system: You are a helpful assistant.
user:
Analyze the provided spectrum to determine if it is a **Carbon Star (C-type)**.

- **Key Visual Indicators of Carbon Star:**
    - **(Primary):** Strong molecular absorption from **C₂ (diatomic carbon) "Swan Bands."** This is the **defining feature** of a carbon star.
        - **(Key Bandheads):** Sharp absorption edges are visible at approximately $5635$ Å, $5165$ Å (the strongest band), and $4737$ Å.
        - **(Line Profile):** Creates a distinct **"saw-tooth"** pattern. The key morphology is a sharp, steep bandhead on the **red (long-wavelength) side**, which then gradually tapers off (i.e., flux recovers) towards the **blue (short-wavelength) side**. *(This is the direct opposite of the TiO bands seen in M-type stars)*.

    - **(Secondary):** Intense **CN (cyanogen)** molecular absorption bands.
        - **(Key Bandheads):** Located in the blue and violet regions of the spectrum (e.g., near $4215$ Å and $3883$ Å).
        - **(Morphology):** These bands are extremely broad and act as a "blanket," absorbing the vast majority of blue and violet light. This creates a characteristic **"cliff"** or **"steep drop-off"** in the spectrum's flux at short wavelengths.

    - **(Key Confirmation):** Strong **CH absorption band (G-band)**.
        - **(Key Bandhead):** Located around $4300$ Å. The contribution from CH molecules to this band is exceptionally strong.

    - **(Overall Spectrum):**
        - The continuum is severely "chopped up" by these deep molecular bands, especially C₂, rather than appearing as a smooth curve.
        - Due to the heavy CN and C₂ absorption in the blue-green, the vast majority of the star's flux is concentrated in the red part of the spectrum, giving the star its characteristic deep red color.

Think first, call **spectral_visualization_tool** if needed to examine features in detail, then provide your final answer. Your response must adhere to the following strict rules:
1.  **Overall Structure:** Your response must follow the format `<think>...</think> <tool_call>...</tool_call> (if a tool is used) <answer>...</answer>`.
2.  **Tool Usage Constraint:** You may only make **one** tool call per turn.
3.  **Final Answer Format:** In the `<answer>` tag, your conclusion must be inside a `\boxed{}` command (e.g., `\boxed{YES}`), followed by your justification.

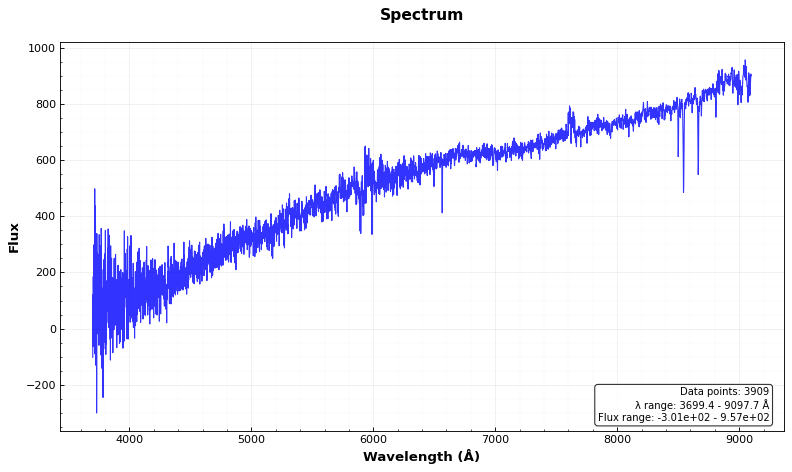
Answer: NO